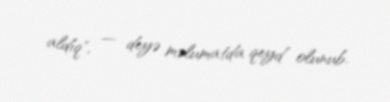
aldıq", — deyə məlumatda qeyd olunub.